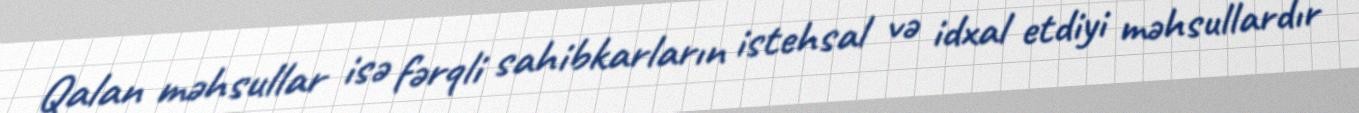
Qalan məhsullar isə fərqli sahibkarların istehsal və idxal etdiyi məhsullardır